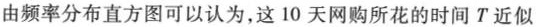
由频率分布直方图可以认为，这10天网购所花的时间T近似